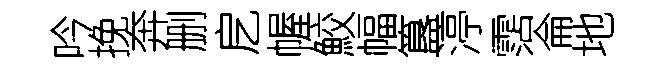
吟挽奔删戹幄鮫幅簋渟霑侖地